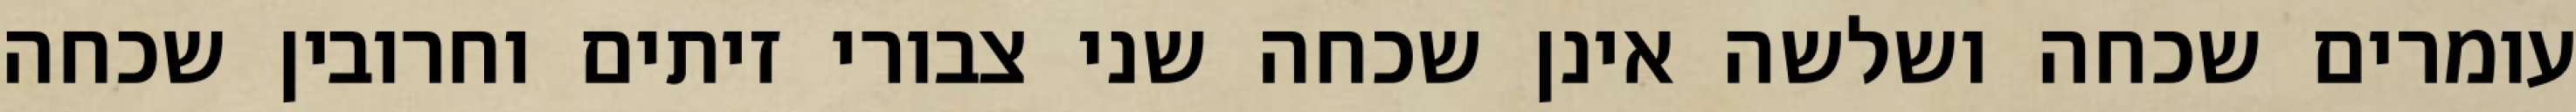
עומרים שכחה ושלשה אינן שכחה שני צבורי זיתים וחרובין שכחה